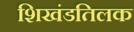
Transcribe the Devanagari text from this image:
शिखंडतिलक